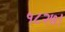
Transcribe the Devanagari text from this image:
१८२७।